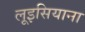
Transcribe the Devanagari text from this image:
लूइसियाना